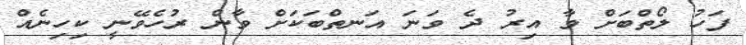
ފަހު ލޯތްބަށް ވާ އިރު ދެ ވަނަ އަނތްބަކަށް ވާން ރުހެވޭނީ ކިހިނެއް